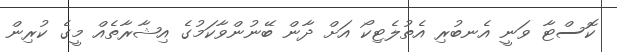
ކޮސްޓާ ވަނީ އެނބުރި އެތުލެޓިކޯ އަށް ދާން ބޭނުންވާކަމުގެ އިޝާރާތެއް މީގެ ކުރިން